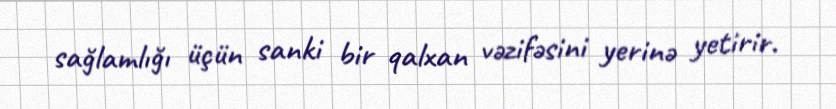
sağlamlığı üçün sanki bir qalxan vəzifəsini yerinə yetirir.